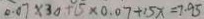
0 . 0 7 \times 3 0 + 1 5 \times 0 . 0 7 + 1 5 x = 7 . 9 5